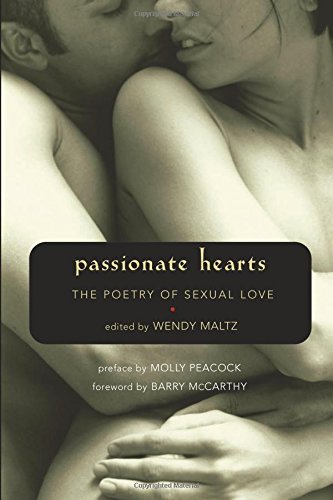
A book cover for Passionate Hearts: The Poetry of Sexual Love; Literature & Fiction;